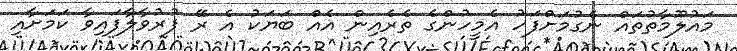
މައުލޫމާތުތައް ނެގުމަށްފަހު އެމީހުންގެ ތެރެއިން އެއް ބަޔަކު އެ ރޭ ފުރުވާލާފައިވާ ކަމަށާއި